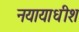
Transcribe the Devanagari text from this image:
नयायाधीश